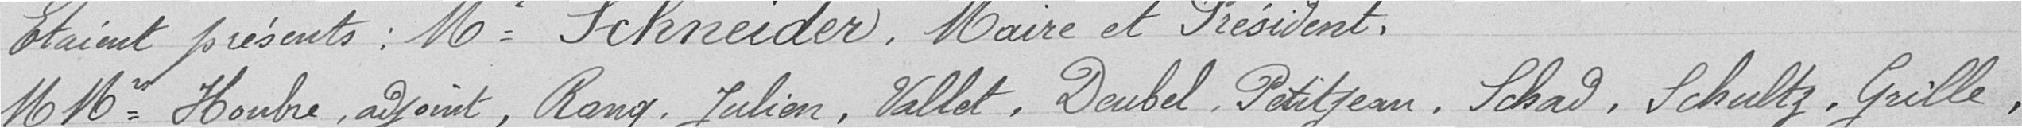
Etaient présents : Monsieur Schneider, Maire et Président, Messieurs Houbre, adjoint, Rang Julien, Vallet, Deubel, Petitjean, Schad, Schultz, Grille,